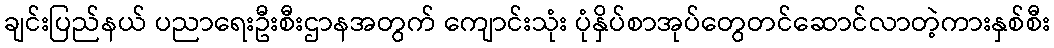
ချင်းပြည်နယ် ပညာရေးဦးစီးဌာနအတွက် ကျောင်းသုံး ပုံနှိပ်စာအုပ်တွေတင်ဆောင်လာတဲ့ကားနှစ်စီး